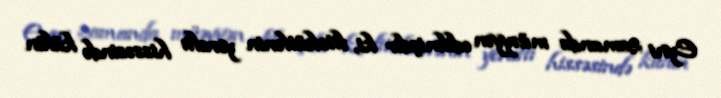
Eyni zamanda müəyyən edilmişdir ki, fitokütlənin yeraltı hissəsində külün